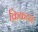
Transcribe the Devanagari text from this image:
क्रिकटन